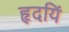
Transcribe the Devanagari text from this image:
हृदयिं